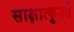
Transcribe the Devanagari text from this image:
साक्षात्कुरुते